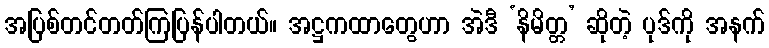
အပြစ်တင်တတ်ကြပြန်ပါတယ်။ အဋ္ဌကထာတွေဟာ အဲဒီ ‘နိမိတ္တ’ ဆိုတဲ့ ပုဒ်ကို အနက်